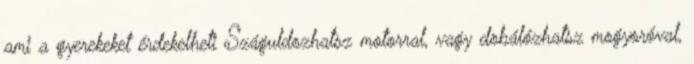
ami a gyerekeket érdekelheti Száguldozhatsz motorral, vagy dobálózhatsz mogyoróval,